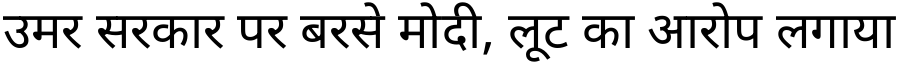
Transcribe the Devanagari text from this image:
उमर सरकार पर बरसे मोदी, लूट का आरोप लगाया